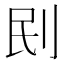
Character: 刡